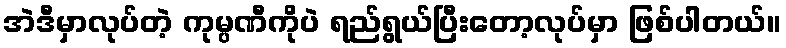
အဲဒီမှာလုပ်တဲ့ ကုမ္ပဏီကိုပဲ ရည်ရွယ်ပြီးတော့လုပ်မှာ ဖြစ်ပါတယ်။